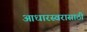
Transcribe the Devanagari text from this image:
आधारस्वरासाठी